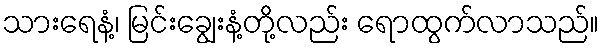
သားရေနံ့၊ မြင်းချွေးနံ့တို့လည်း ရောထွက်လာသည်။